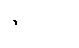
ဇီဝိတမ္ပိ